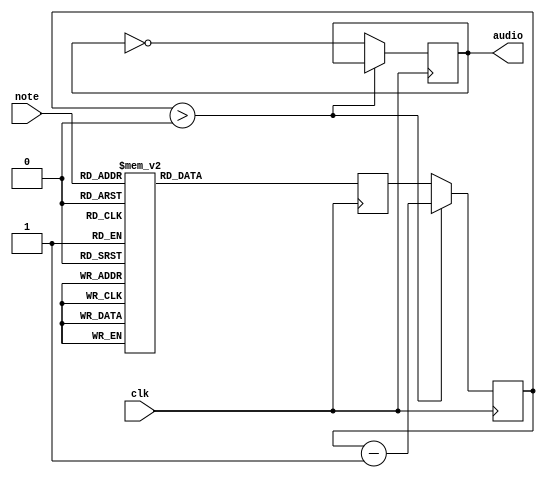
`timescale 1ns / 1ps
//////////////////////////////////////////////////////////////////////////////////
// Company: 
// Engineer: 
// 
// Design Name: 
// Module Name: SpeakerControl
// Project Name: 
// Target Devices: 
// Tool Versions: 
// Description: 
// 
// Dependencies: 
// 
// Revision:
// Revision 0.01 - File Created
// Additional Comments:
// 
//////////////////////////////////////////////////////////////////////////////////


module SpeakerControl(
    input wire clk,
    input wire [4:0] note,
    output reg audio
    );
       
    reg [18:0] count;
    reg [18:0] value;

    always @(posedge clk)
        if(count > 0)
			count=count-1; 
        else 
			begin
				count <= value;
				audio <= ~audio;
			end
        
    always @ (posedge clk)
      case (note)
        // These values are wave lengths of notes with respect to time (10 nano sec)
        // value = 100,000,000 / (frequency of notes / 2)
        5'b00000: value = 1000;     //es
        5'b00001: value = 254817;   //G 3
        5'b00010: value = 240790;   //G#3
        5'b00011: value = 227273;   //A 3
        5'b00100: value = 214519;   //A#3
        5'b00101: value = 202478;   //B 3
        5'b00110: value = 191113;   //C 4
        5'b00111: value = 180388;   //C#4
        5'b01000: value = 170262;   //D 4
        5'b01001: value = 160705;   //D#4
        5'b01010: value = 151685;   //E 4
        5'b01011: value = 143172;   //F 4
        5'b01100: value = 135139;   //F#4
        5'b01101: value = 127553;   //G 4
        5'b01110: value = 120395;   //G#4
        5'b01111: value = 113636;   //A 4
        5'b10000: value = 107259;   //A#4
        5'b10001: value = 101238;   //B 4 
        5'b10010: value = 95557;    //C 5 
        5'b10011: value = 90194;    //C#5
        5'b10100: value = 85131;    //D 5
        5'b10101: value = 80353;    //D#5
        5'b10110: value = 75843;    //E 5
        5'b10111: value = 71587;    //F 5
        5'b11000: value = 67569;    //F#5
        5'b11001: value = 63776;    //G 5
        5'b11010: value = 60197;    //G#5
        5'b11011: value = 56818;    //A 5
        5'b11100: value = 53629;    //A#5
        5'b11101: value = 50619;    //B 5
        5'b11110: value = 286344;    //f 3
        5'b11111: value = 270278;    //f#3
        default: value = 191113;      //C  4
      endcase
    
endmodule